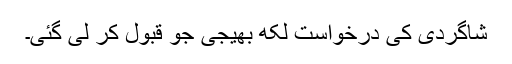
شاگردی کی درخواست لکھ بھیجی جو قبول کر لی گئی۔